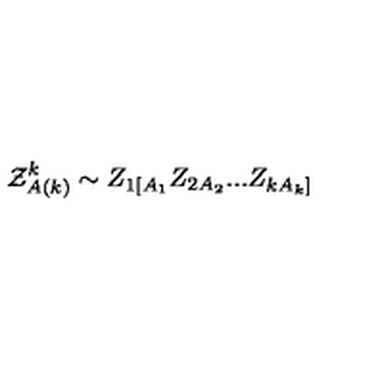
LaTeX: { \cal Z } _ { A ( k ) } ^ { k } \sim Z _ { 1 [ A _ { 1 } } Z _ { 2 A _ { 2 } } . . . Z _ { k A _ { k } ] }